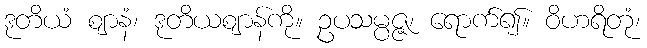
ဒုတိယံ ဈာနံ၊ ဒုတိယဈာန်ကို။ ဥပသမ္ပဇ္ဇ၊ ရောက်၍။ ဝိဟရိတုံ၊